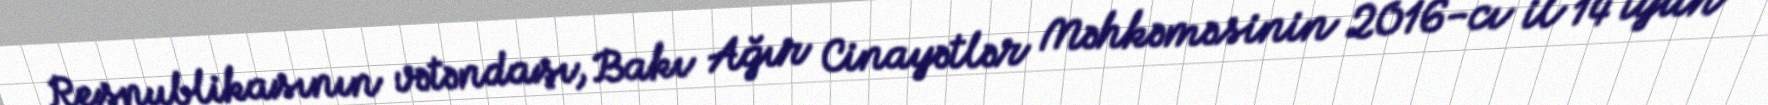
Respublikasının vətəndaşı, Bakı Ağır Cinayətlər Məhkəməsinin 2016-cı il 14 iyun